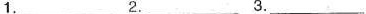
1.___ 2.___ 3.___